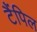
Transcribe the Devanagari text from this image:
टैंपिल